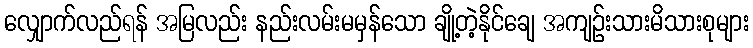
လျှောက်လည်ရန် အမြလည်း နည်းလမ်းမမှန်သော ချို့တဲ့နိုင်ချေ အကျဉ်းသားမိသားစုများ